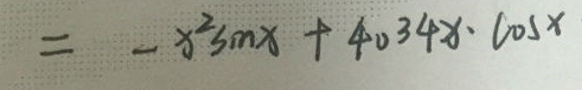
\[
= - x^{2}\sin x + 4034x\cdot\cos x
\]